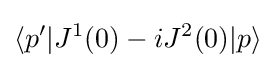
\langle p'|J^{1}(0)-iJ^{2}(0)|p\rangle